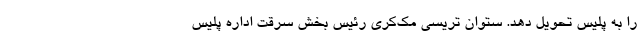
را به پلیس تحویل دهد. ستوان تریسی مک‌کری رئیس بخش سرقت اداره پلیس